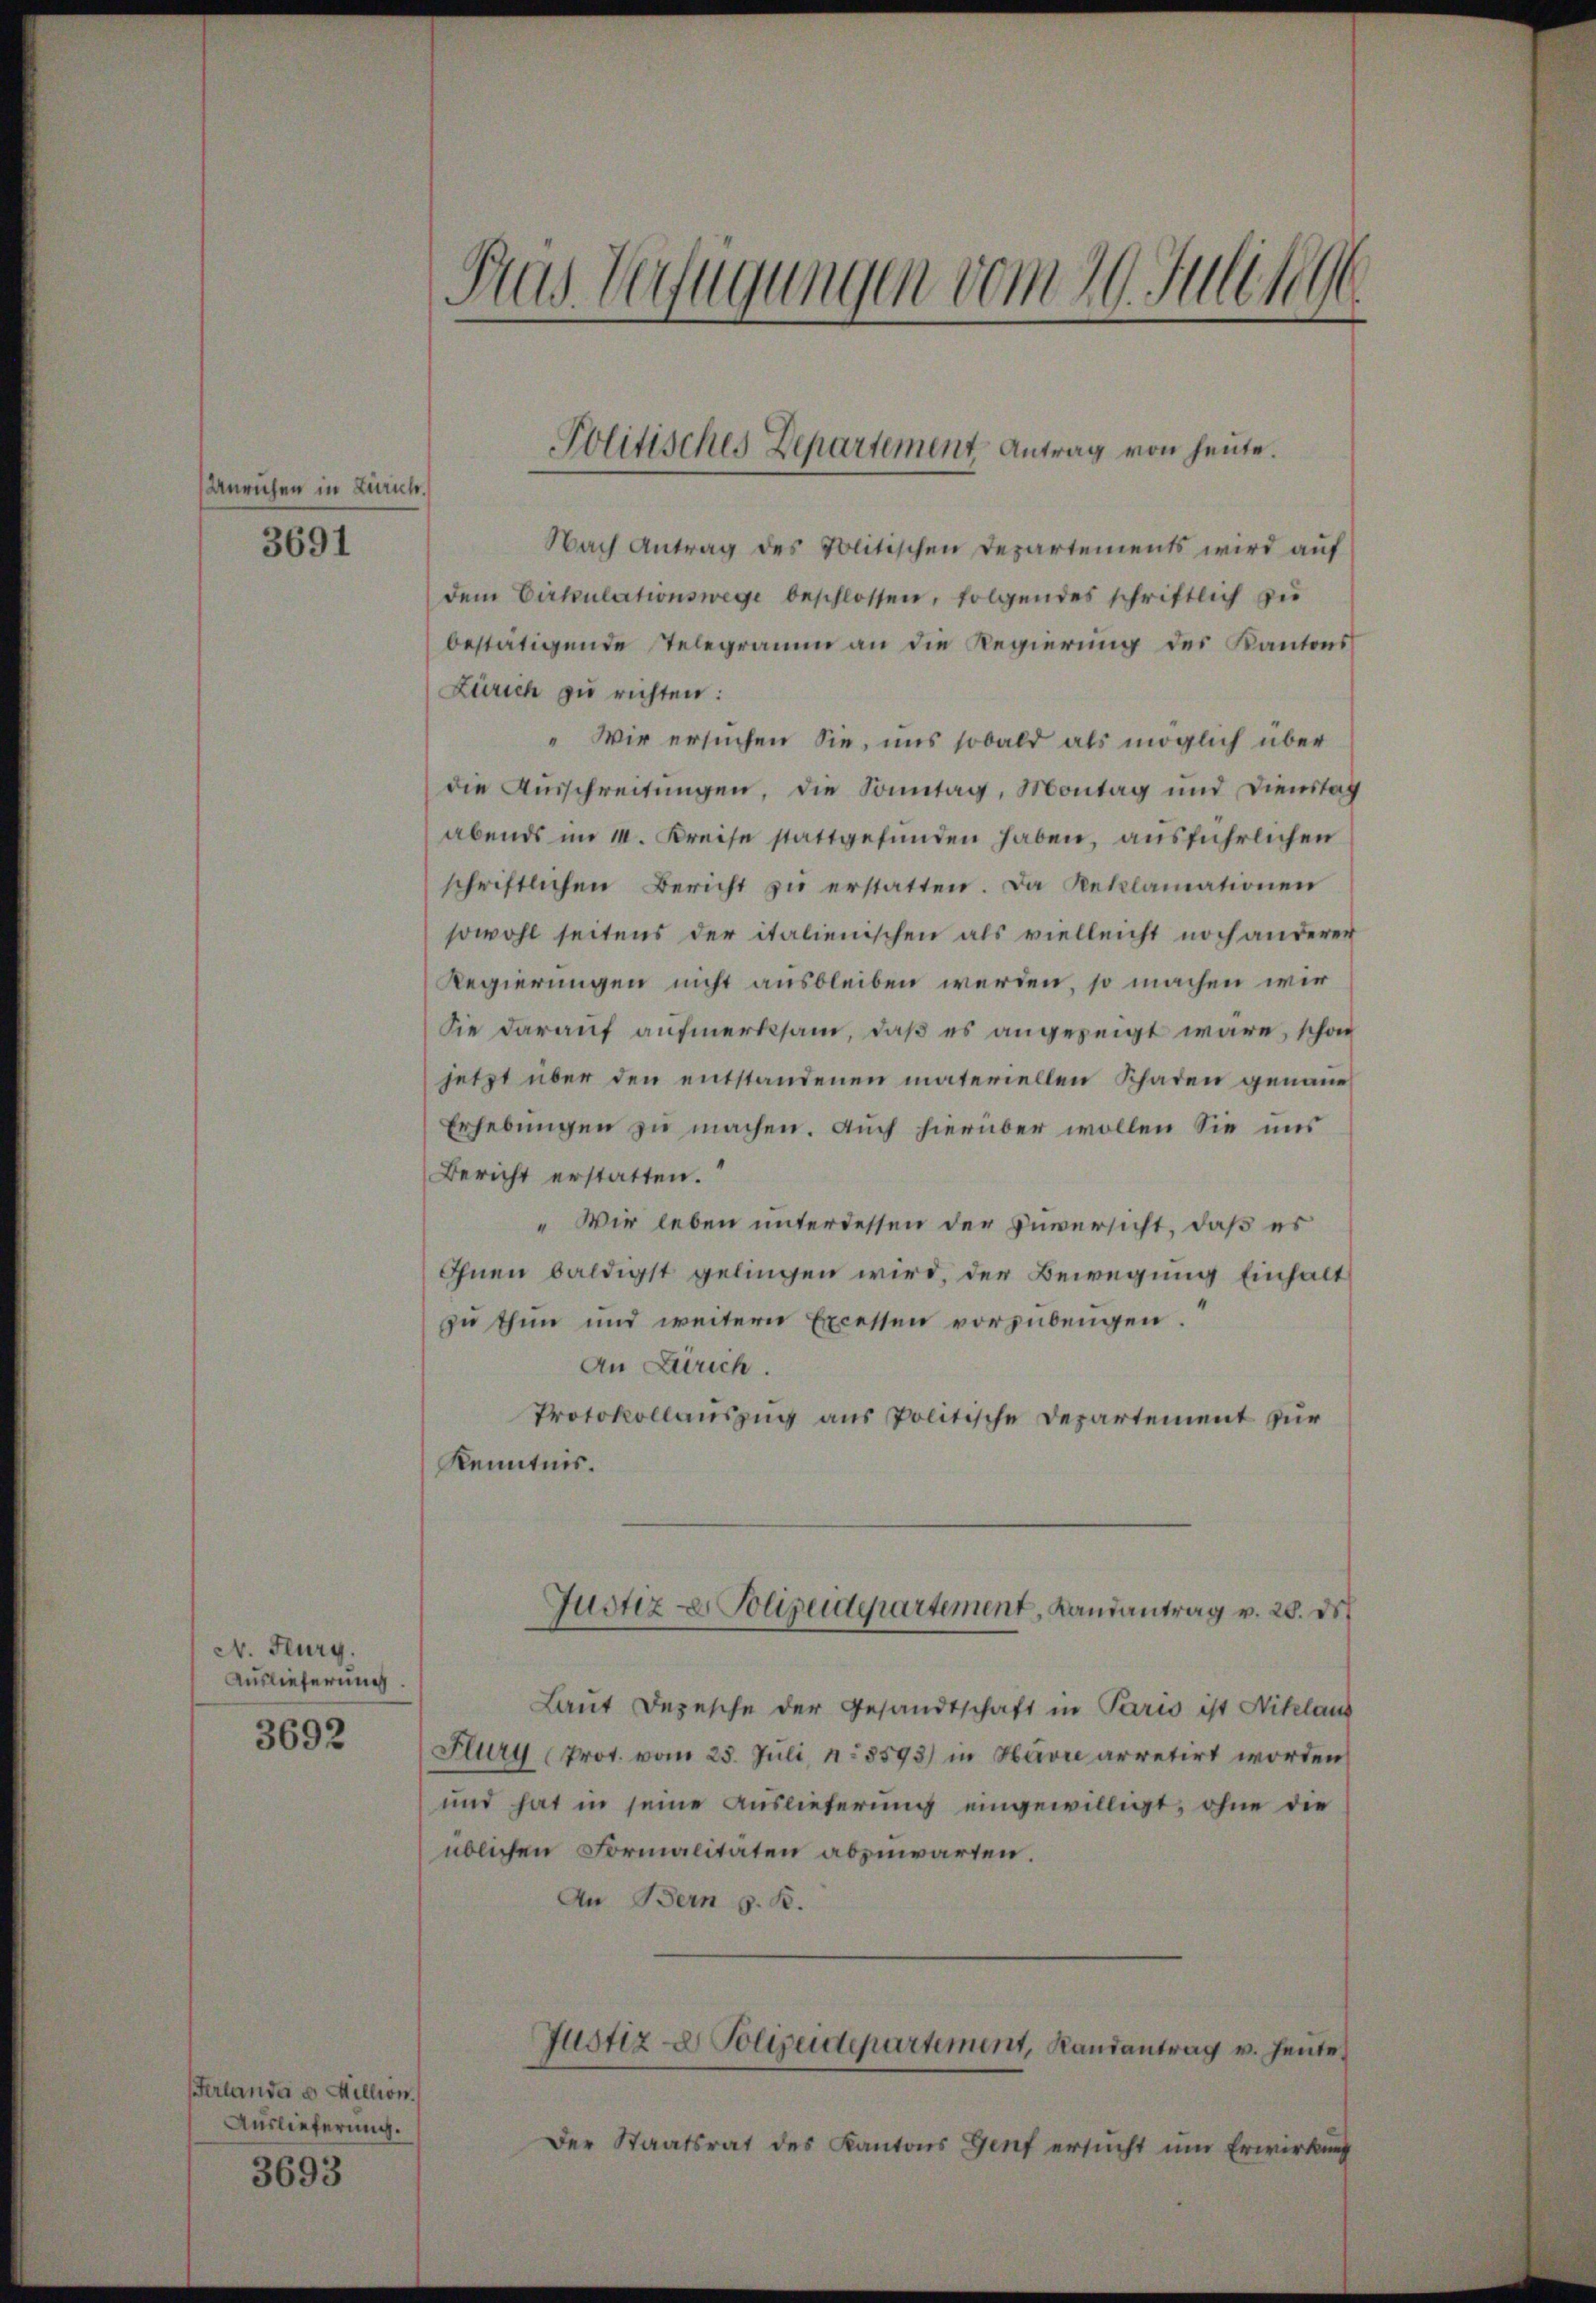
Unruhen in Zürich.

3691

A. Flurg.
Auslieferung.

3692

Verlanda es Million.
Auslieferung.
3693

Gras Verfügungen vom 20. Juli 19

Nach Antrag des Politischen Departements wird auf
dem Cirkulationswege beschlossen, folgendes schriftlich zu
bestätigende Telegramm an die Regierung des Kantons¬
Zürich zu richten:
" Wir ersuchen Sie, uns sobald als möglich über
die Ausschreitungen, die Sonntag, Montag und Dienstat
abends im 14. Kreise stattgefunden haben, ausführlichen
schriftlichen Bericht zŭ erstatten. Da Reklamationen
sowohl seitens der italienischen als vielleicht noch anderer
Regierungen nicht ausbleiben werden, so machen wir
Sie darauf aufmerksam, daß es angezeigt wäre, schon
jetzt über den entstandenen materiellen Schaden genaue
Erhebungen zu machen. Auch hierüber wollen Sie uns
Bericht erstatten.
" Wir leben unterdessen der Zuversicht, daß es
Ihnen baldigst gelingen wird, der Bewegung Einhalt
zu thun und weitere Excessen vorzubeugen.
An Zürich.
Protokollauszug aus Politische Departement zur
Kenntnis.
Justiz- & Polizeiderartement, Landantrag v. 28. ds.
Laut Depesche der Gesandtschaft in Paris ist Niklaus
Flury (Prot. vom 25. Juli, N. 8593) in Havre arretirt worden
und hat in seine Auslieferung eingewilligt, ohne die
üblichen Formalitäten abzuwarten.
An Bern z. B.
Justiz & Polizeidepartement, Randantrag v. Heute
Der Staatsrat des Kantons Genf ersucht um Erwirkung

Politisches Departement Antrag von heute.